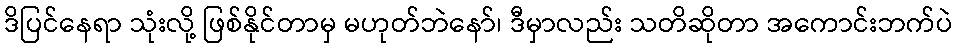
ဒိပြင်နေရာ သုံးလို့ ဖြစ်နိုင်တာမှ မဟုတ်ဘဲနော်၊ ဒီမှာလည်း သတိဆိုတာ အကောင်းဘက်ပဲ